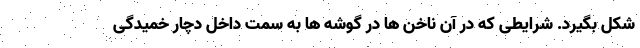
شکل بگیرد. شرایطی که در آن ناخن ها در گوشه ها به سمت داخل دچار خمیدگی